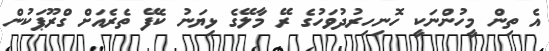
އެ ތިން މީހުންނަކީ ހޮނިހިރުދުވަހުގެ ރޭ މާލޭގެ ޅިޔަނު ކެފޭ ތެރެއަށް ގްރޫޕަކުން